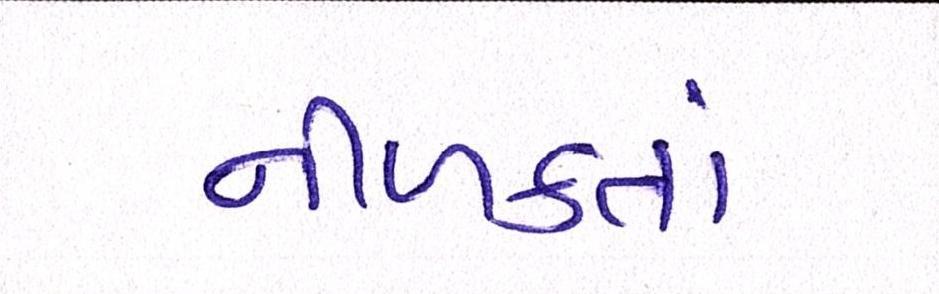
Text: નીળક્તાં